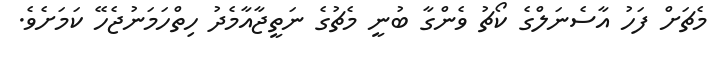
މެޗަށް ފަހު އާސެނަލްގެ ކޯޗު ވެންގާ ބުނީ މެޗުގެ ނަތީޖާއާމެދު ހިތްހަމަނުޖެހޭ ކަމަށެވެ.